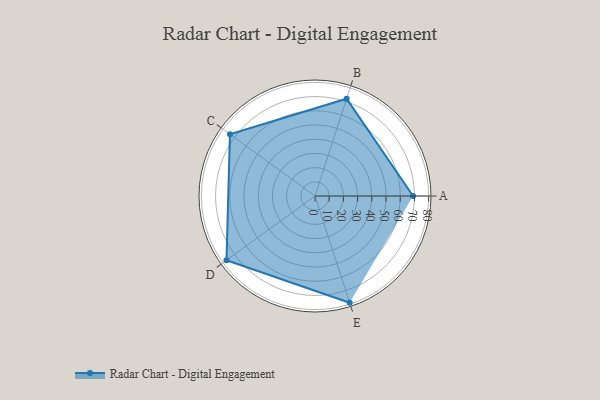
{"axis": {"x": "Skill", "y": "Score"}, "legend": ["Profile"], "data": [{"x": "A", "y": 69.0, "type": "Profile"}, {"x": "B", "y": 72.0, "type": "Profile"}, {"x": "C", "y": 74.0, "type": "Profile"}, {"x": "D", "y": 77.0, "type": "Profile"}, {"x": "E", "y": 79.0, "type": "Profile"}]}